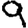
Digit: 9